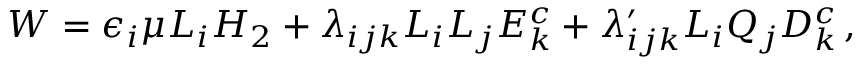
W = \epsilon _ { i } \mu L _ { i } H _ { 2 } + \lambda _ { i j k } L _ { i } L _ { j } E _ { k } ^ { c } + \lambda _ { i j k } ^ { \prime } L _ { i } Q _ { j } D _ { k } ^ { c } \, ,